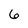
Character: 6